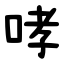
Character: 哮